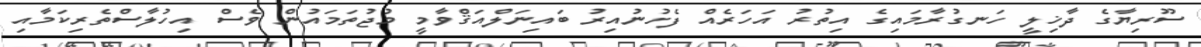
ސޫރިޔާގެ ދާޚިލީ ހަނގުރާމައިގެ އިތުރު އަހަރެއް ފެށުނުއިރު ބައިނަލްއަޤްވާމީ މުޖުތަމައުން ވެސް އިހުލާސްތެރިކަމާއި